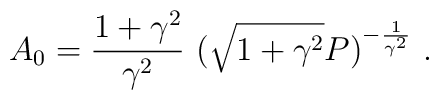
A_0 =  \frac{1+\gamma^2}{\gamma^2}                 \ (\sqrt{1+\gamma^2} P)^{-\frac{1}{\gamma^2}}                  \ .